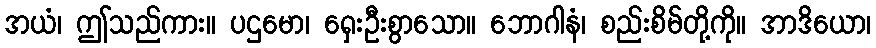
အယံ၊ ဤသည်ကား။ ပဌမော၊ ရှေးဦးစွာသော။ ဘောဂါနံ၊ စည်းစိမ်တို့ကို။ အာဒိယော၊